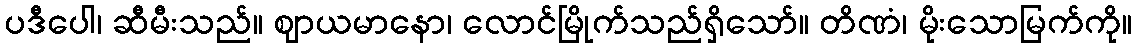
ပဒီပေါ၊ ဆီမီးသည်။ ဈာယမာနော၊ လောင်မြိုက်သည်ရှိသော်။ တိဏံ၊ မိုးသောမြက်ကို။